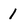
Character: 1